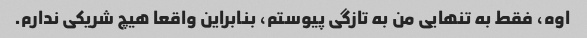
اوه، فقط به تنهایی من به تازگی پیوستم، بنابراین واقعا هیچ شریکی ندارم.